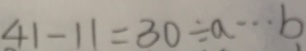
4 1 - 1 1 = 3 0 \div a \cdots b